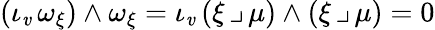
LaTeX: (\iota_{\mathit{v}}\, \omega_{\xi})\wedge\omega_{\xi}=\iota_{\mathit{v}}\, (\xi\, \lrcorner\, \mu)\wedge(\xi\, \lrcorner\, \mu)=0